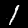
Digit: 1